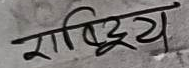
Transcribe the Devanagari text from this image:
राष्ट्रिय